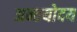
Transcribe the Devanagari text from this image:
अन्तयोदय